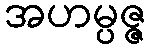
အဟမ္ပဇ္ဇ